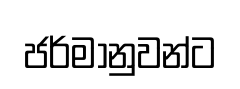
ජර්මානුවන්ට